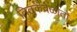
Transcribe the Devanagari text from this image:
तितकेवेळातो